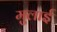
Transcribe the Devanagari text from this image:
मुलाई